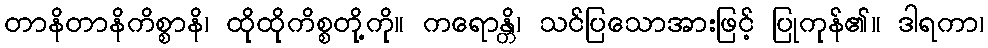
တာနိတာနိကိစ္စာနိ၊ ထိုထိုကိစ္စတို့ကို။ ကရောန္တိ၊ သင်ပြသောအားဖြင့် ပြုကုန်၏။ ဒါရကာ၊